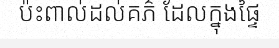
ប៉ះពាល់ដល់គភ៌ ដែលក្នុងផ្ទៃ